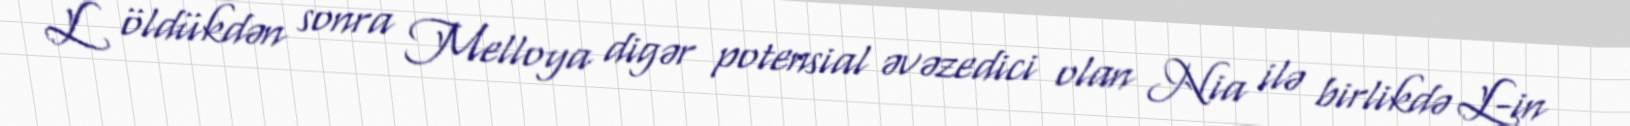
L öldükdən sonra Melloya digər potensial əvəzedici olan Nia ilə birlikdə L-in